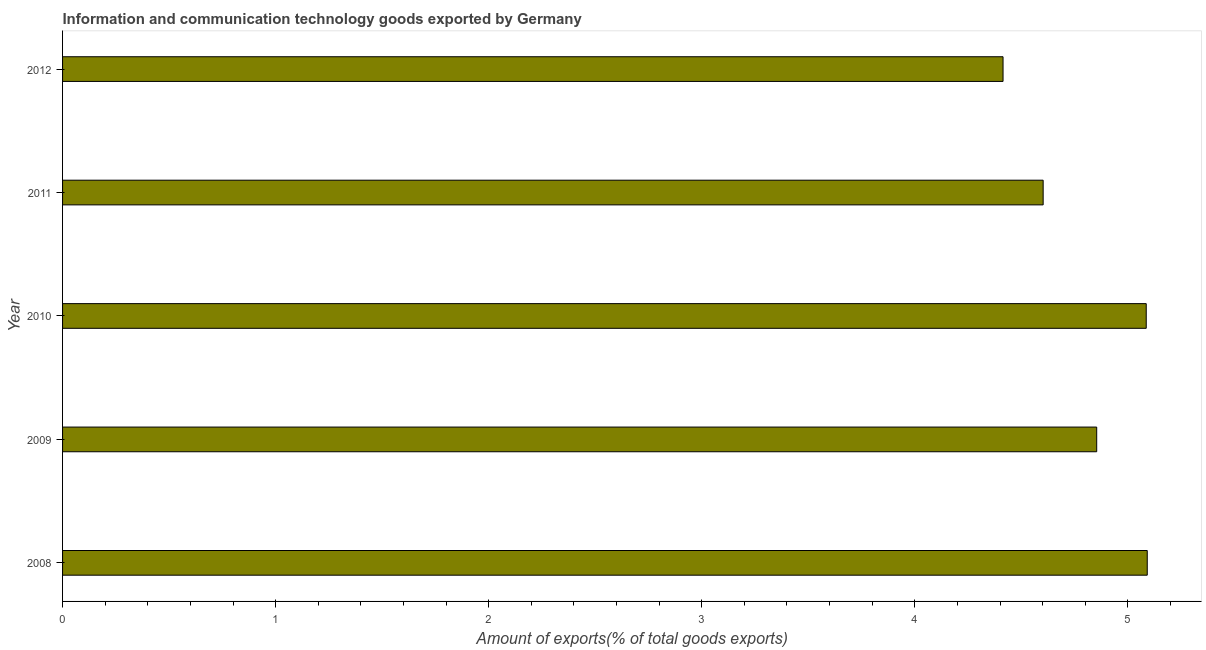
| Year | ICT goods exports |
 | --- | --- |
 | 2008 | 5.09 |
 | 2009 | 4.85 |
 | 2010 | 5.09 |
 | 2011 | 4.6 |
 | 2012 | 4.41 |